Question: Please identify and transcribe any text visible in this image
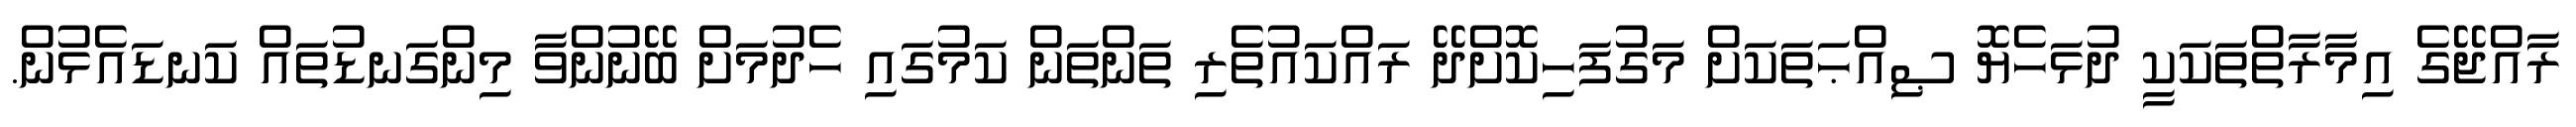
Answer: ރާއްޖޭގެ އިމާރާތްތަކަކީ ދުޅަހެޔޮ ޞިއްޙަތަކަށް މަގުފަހިކޮށްދޭ ރައްކައުތެރި ތަންތަން ކަމުގައި ހެދުމަށް ބޭނުންވާ މިންގަނޑުތައް ކަނޑައެޅުން.